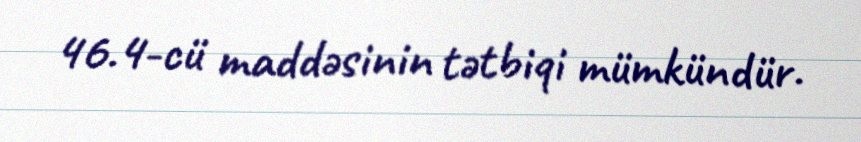
46.4-cü maddəsinin tətbiqi mümkündür.